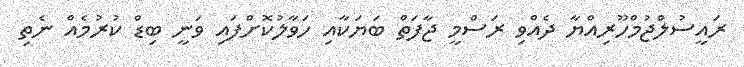
ރައީސުލްޖުމްހޫރިއްޔާ ދެއްވި ރަސްމީ ޖާފަތް ބަޔަކާއި ހަވާލުކޮށްފައި ވަނީ ބިޑް ކުރުމެއް ނެތި